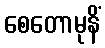
စေတောမုနိံ